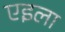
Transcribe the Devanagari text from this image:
एइला